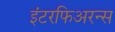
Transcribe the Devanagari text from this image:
इंटरफिअरन्स